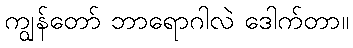
ကျွန်တော် ဘာရောဂါလဲ ဒေါက်တာ။